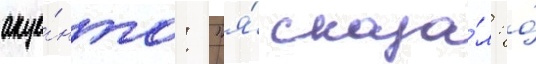
акце́нта: "я́ сказа́л: о́